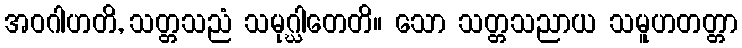
အဝဂါဟတိ, သတ္တသညံ သမုဂ္ဃါတေတိ။ သော သတ္တသညာယ သမူဟတတ္တာ